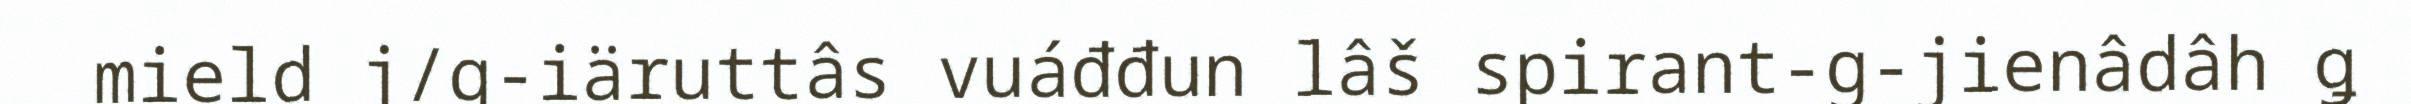
mield j/g-iäruttâs vuáđđun lâš spirant-g-jienâdâh ǥ